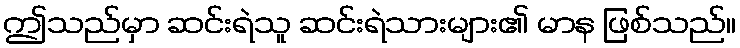
ဤသည်မှာ ဆင်းရဲသူ ဆင်းရဲသားများ၏ မာန ဖြစ်သည်။